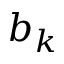
b _ { k }